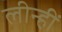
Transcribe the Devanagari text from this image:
लीन्‍हीं